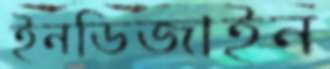
ইনডিজাইন